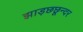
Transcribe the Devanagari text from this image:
झाड़छछून्दर